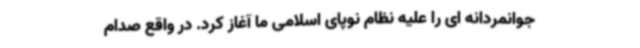
جوانمردانه ای را علیه نظام نوپای اسلامی ما آغاز کرد. در واقع صدام